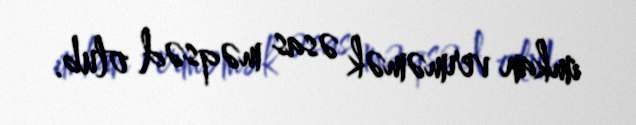
imkan verməmək əsas məqsəd olub.